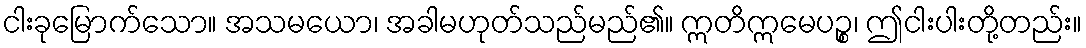
ငါးခုမြောက်သော။ အသမယော၊ အခါမဟုတ်သည်မည်၏။ ဣတိဣမေပဉ္စ၊ ဤငါးပါးတို့တည်း။